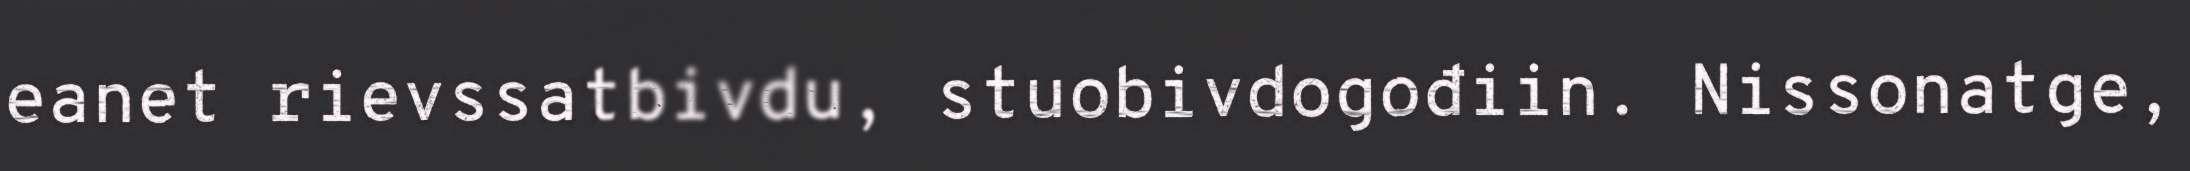
eanet rievssatbivdu, stuobivdogođiin. Nissonatge,